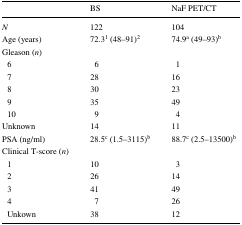
<table><thead><tr><td></td><td><b>BS</b></td><td><b>NaF PET/CT</b></td></tr></thead><tbody><tr><td><i>N</i></td><td>122</td><td>104</td></tr><tr><td>Age (years)</td><td>72.3<sup>1</sup> (48–91)<sup>2</sup></td><td>74.9<sup>a</sup> (49–93)<sup>b</sup></td></tr><tr><td colspan="3">Gleason (<i>n</i>)</td></tr><tr><td> 6</td><td>6</td><td>1</td></tr><tr><td> 7</td><td>28</td><td>16</td></tr><tr><td> 8</td><td>30</td><td>23</td></tr><tr><td> 9</td><td>35</td><td>49</td></tr><tr><td> 10</td><td>9</td><td>4</td></tr><tr><td>Unknown</td><td>14</td><td>11</td></tr><tr><td>PSA (ng/ml)</td><td>28.5<sup>c</sup> (1.5–3115)<sup>b</sup></td><td>88.7<sup>c</sup> (2.5–13500)<sup>b</sup></td></tr><tr><td colspan="3">Clinical T-score (<i>n</i>)</td></tr><tr><td> 1</td><td>10</td><td>3</td></tr><tr><td> 2</td><td>26</td><td>14</td></tr><tr><td> 3</td><td>41</td><td>49</td></tr><tr><td> 4</td><td>7</td><td>26</td></tr><tr><td> Unkown</td><td>38</td><td>12</td></tr></tbody></table>